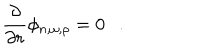
{ \frac { \partial } { \partial r } } \phi _ { n , \omega , \rho } = 0 .